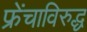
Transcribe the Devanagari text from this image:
फ्रेंचाविरुद्ध